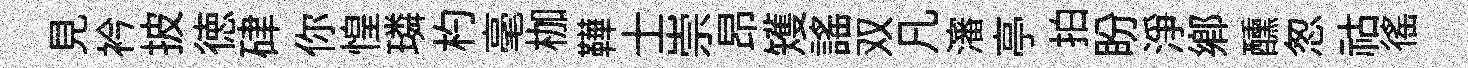
見衿披徳硉你惶璘杓毫枷鞾士崇昂矱謡双凡瀋亭拍盼淨鄕醺怱祜徭